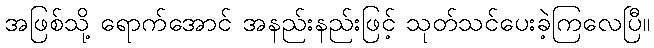
အဖြစ်သို့ ရောက်အောင် အနည်းနည်းဖြင့် သုတ်သင်ပေးခဲ့ကြလေပြီ။